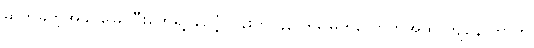
ဓာတ်ခွဲတဲ့အခါ မြေကြီးတွေရဲ့ ချဉ်ငံ့ကိန်းက ၄၃ ဒသမ ၅လောက်အထိ ကျနေ တာကို